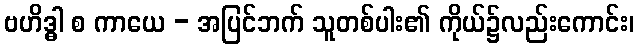
ဗဟိဒ္ဓါ စ ကာယေ - အပြင်ဘက် သူတစ်ပါး၏ ကိုယ်၌လည်းကောင်း၊